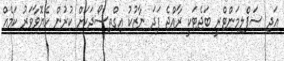
އަދި ސަޕްލިމަންޓްރީ ބަޖެޓަކީ ރާއްޖެ ފަދަ ނާޒުކު އިގްތިސޯދަކަށް ކުރުން ހެޔޮވާވަރު ކަމެއް